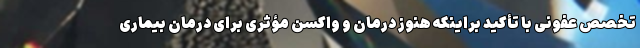
تخصص عفونی با تأکید براینکه هنوز درمان و واکسن مؤثری برای درمان بیماری